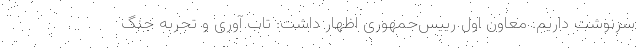
سرنوشت داریم. معاون اول رییس‌جمهوری اظهار داشت: تاب آوری و تجربه جنگ